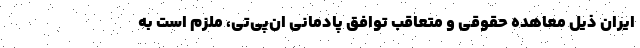
ایران ذیل معاهده حقوقی و متعاقب توافق پادمانی ان‌پی‌تی، ملزم است به